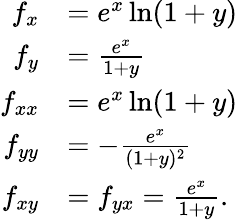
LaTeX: {\begin{array}{rl}{f_{x}}&{=e^{x}\ln(1+y)}\\ {f_{y}}&{={\frac{e^{x}}{1+y}}}\\ {f_{xx}}&{=e^{x}\ln(1+y)}\\ {f_{yy}}&{=-{\frac{e^{x}}{(1+y)^{2}}}}\\ {f_{xy}}&{=f_{yx}={\frac{e^{x}}{1+y}}.}\end{array}}